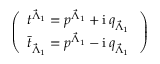
\left( \begin{array} { l } { { t ^ { { \vec { \Lambda } } _ { 1 } } = p ^ { { \vec { \Lambda } } _ { 1 } } + \mathrm { i } \, q _ { { \vec { \Lambda } } _ { 1 } } \, } } \\ { { { \bar { t } } _ { { \vec { \Lambda } } _ { 1 } } = p ^ { { \vec { \Lambda } } _ { 1 } } - \mathrm { i } \, q _ { { \vec { \Lambda } } _ { 1 } } \, } } \end{array} \right)